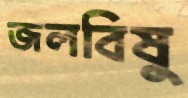
জলবিষু